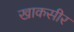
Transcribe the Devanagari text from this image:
खाकसीर